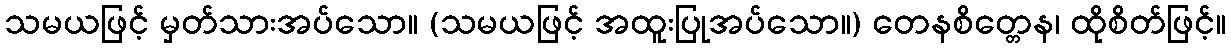
သမယဖြင့် မှတ်သားအပ်သော။ (သမယဖြင့် အထူးပြုအပ်သော။) တေနစိတ္တေန၊ ထိုစိတ်ဖြင့်။